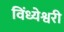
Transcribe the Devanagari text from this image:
विंध्येश्वरी